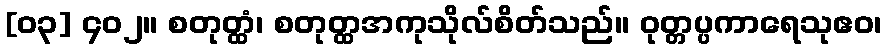
[၀၃] ၄၀၂။ စတုတ္ထံ၊ စတုတ္ထအကုသိုလ်စိတ်သည်။ ဝုတ္တပ္ပကာရေသုဧဝ၊